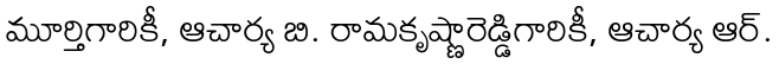
మూర్తిగారికీ, ఆచార్య బి. రామకృష్ణారెడ్డిగారికీ, ఆచార్య ఆర్.